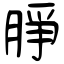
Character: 㬹